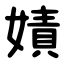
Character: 嫧